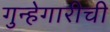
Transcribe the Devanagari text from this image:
गुन्हेगारीची